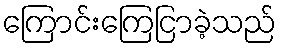
ကြောင်းကြေငြာခဲ့သည်